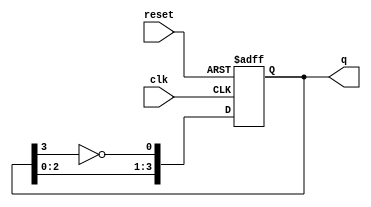
module johnson_counter (
    input wire clk,       // Clock input
    input wire reset,     // Asynchronous reset input (active low)
    output reg [3:0] q    // 4-bit output representing the counter state
);

// Always block for the Johnson counter
always @(posedge clk or negedge reset) begin
    if (!reset) begin
        // Asynchronous reset: set all outputs to 0
        q <= 4'b0000;
    end else begin
        // Johnson counter logic
        q[0] <= ~q[3]; // Invert the last flip-flop output to the first
        q[1] <= q[0];  // Shift the output of flip-flop 0 to flip-flop 1
        q[2] <= q[1];  // Shift the output of flip-flop 1 to flip-flop 2
        q[3] <= q[2];  // Shift the output of flip-flop 2 to flip-flop 3
    end
end

endmodule